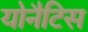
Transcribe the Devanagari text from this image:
योनैटिस